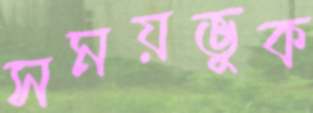
সময়ভুক